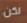
لكن